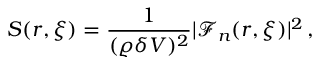
S ( \boldsymbol { r } , \xi ) = \frac { 1 } { ( \varrho \delta V ) ^ { 2 } } | \mathcal { F } _ { n } ( \boldsymbol { r } , \xi ) | ^ { 2 } \, ,